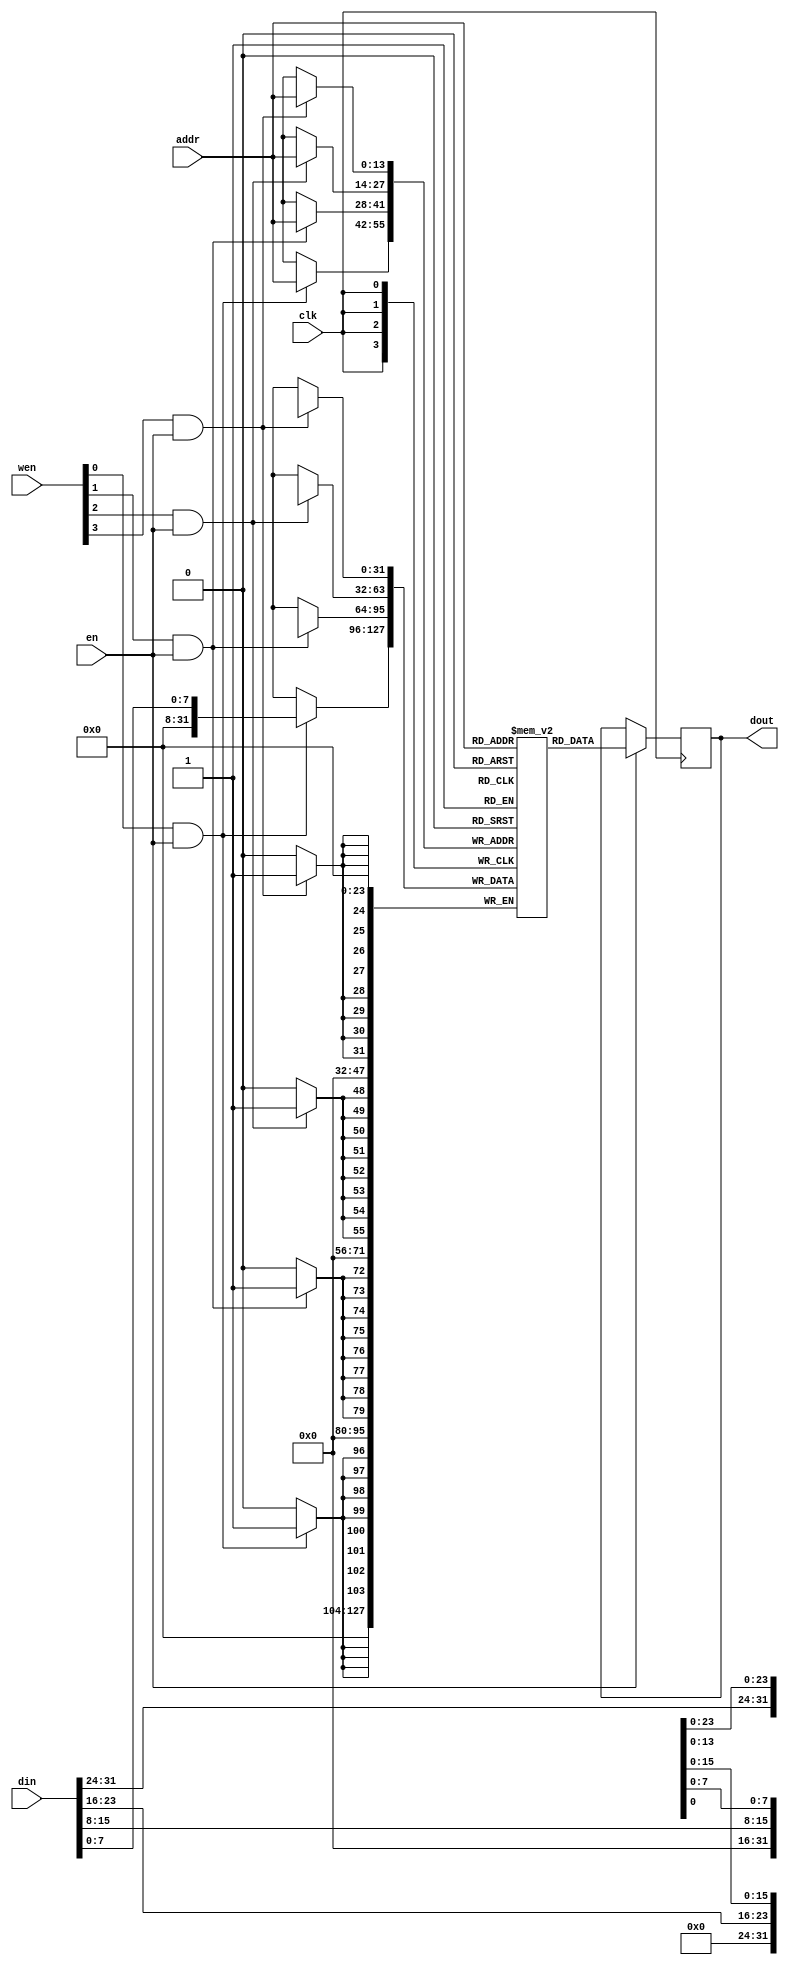
module memory_sp(/*AUTOARG*/
   // Outputs
   dout,
   // Inputs
   clk, en, wen, addr, din
   );

   parameter AW      = 14;   
   parameter DW      = 32;
   parameter WED     = DW/8; //one write enable per byte  
   parameter MD      = 1<<AW;//memory depth

   //write-port
   input               clk; //clock
   input               en;  //memory access   
   input [WED-1:0]     wen; //write enable vector
   input [AW-1:0]      addr;//address
   input [DW-1:0]      din; //data input
   output [DW-1:0]     dout;//data output
      
   reg [DW-1:0]        ram    [MD-1:0];  
   reg [DW-1:0]        rd_data;
   reg [DW-1:0]        dout;
   
   //read port
   always @ (posedge clk)
     if(en)       
       dout[DW-1:0] <= ram[addr[AW-1:0]];

   //write port
   generate
      genvar 	     i;
      for (i = 0; i < WED; i = i+1) begin: gen_ram
	 always @(posedge clk)
           begin  
              if (wen[i] & en) 
                ram[addr[AW-1:0]][(i+1)*8-1:i*8] <= din[(i+1)*8-1:i*8];
           end
      end
   endgenerate
   
endmodule